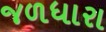
જળધારા